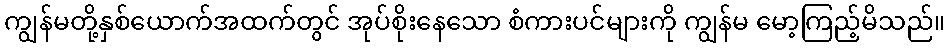
ကျွန်မတို့နှစ်ယောက်အထက်တွင် အုပ်စိုးနေသော စံကားပင်များကို ကျွန်မ မော့ကြည့်မိသည်။